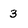
Character: 3